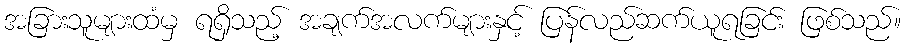
အခြားသူများထံမှ ရရှိသည့် အချက်အလက်များနှင့် ပြန်လည်ဆက်ယူရခြင်း ဖြစ်သည်။